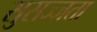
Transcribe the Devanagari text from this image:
सुसज्जता